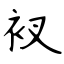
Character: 衩